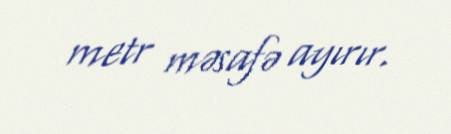
metr məsafə ayırır.